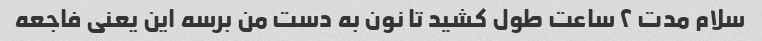
سلام مدت ۲ ساعت طول کشید تا نون به دست من برسه این یعنی فاجعه